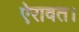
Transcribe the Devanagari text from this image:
ऐरावत।